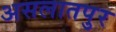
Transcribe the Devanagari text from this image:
असलातपुर